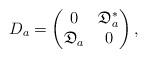
LaTeX: \begin{align*}D_a=\left(\begin{matrix}0 & \mathfrak{D}_a^\ast \cr \mathfrak{D}_a & 0\cr\end{matrix}\right),\end{align*}